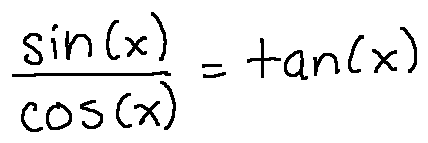
\frac { \sin ( x ) } { \cos ( x ) } = \tan ( x )